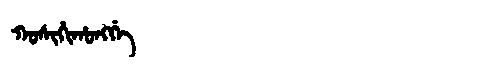
Manchu: ᡴᠣᠰᡳᡥᡳᡥᠣᠩᡤᡝ
Romanization: KOSIHIHONGGE